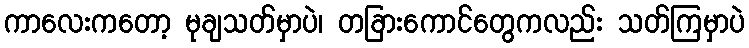
ကာလေးကတော့ မုချသတ်မှာပဲ၊ တခြားကောင်တွေကလည်း သတ်ကြမှာပဲ